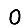
Digit: 0